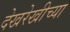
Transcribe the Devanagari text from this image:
देखरेखीच्या